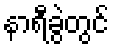
နာရီခွဲတွင်